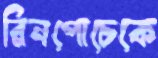
রিনপোচেকে